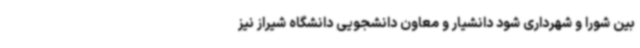
بین شورا و شهرداری شود دانشیار و معاون دانشجویی دانشگاه شیراز نیز